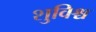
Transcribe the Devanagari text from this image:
शुविश्च